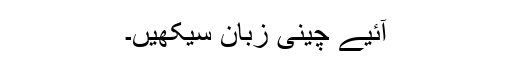
آئیے چینی زبان سیکھیں۔